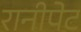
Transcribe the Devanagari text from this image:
रानीपेट